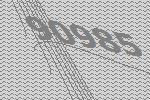
90985